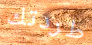
طردتك